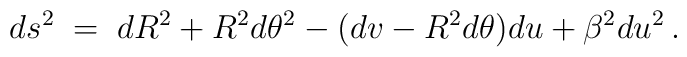
ds^2 \;=\; dR^2 + R^{2}d\theta^2 -(dv-R^{2}d\theta)du + \beta^{2} du^2 \, .